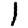
Digit: 1